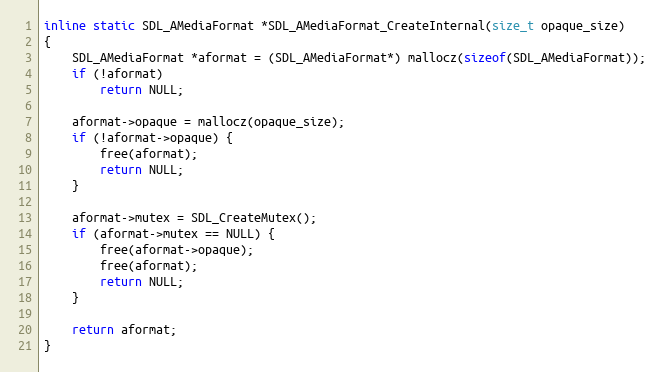
Language: C
inline static SDL_AMediaFormat *SDL_AMediaFormat_CreateInternal(size_t opaque_size)
{
    SDL_AMediaFormat *aformat = (SDL_AMediaFormat*) mallocz(sizeof(SDL_AMediaFormat));
    if (!aformat)
        return NULL;

    aformat->opaque = mallocz(opaque_size);
    if (!aformat->opaque) {
        free(aformat);
        return NULL;
    }

    aformat->mutex = SDL_CreateMutex();
    if (aformat->mutex == NULL) {
        free(aformat->opaque);
        free(aformat);
        return NULL;
    }

    return aformat;
}